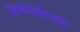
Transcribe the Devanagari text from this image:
उलटलेल्या